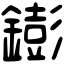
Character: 𨭌